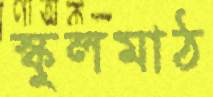
স্কুলমাঠ